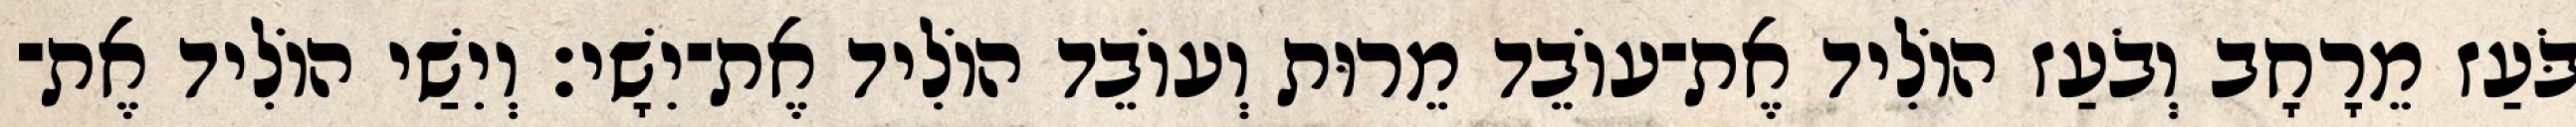
בֹּעַז מֵרָחָב וְבֹעַז הוֹלִיד אֶת־עוֹבֵד מֵרוּת וְעוֹבֵד הוֹלִיד אֶת־יִשָׁי׃ וְיִשַׁי הוֹלִיד אֶת־